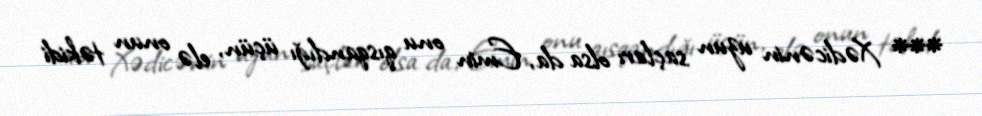
*** Xədicənin uzun saçları olsa da, Emin onu qısqandığı üçün, elə onun təkidi